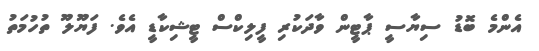
އެންމެ ބޮޑު ސިޔާސީ ޕާޓީން ވާދަކުރި ފީލިކްސް ޓީޝިކާޑީ އެވެ. ފަޔޫލޫ ތުހުމަތު